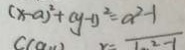
( x - a ) ^ { 2 } + ( y - 1 ) ^ { 2 } = a ^ { 2 } - 1